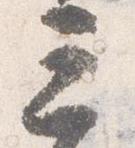
三